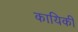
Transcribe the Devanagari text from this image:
कायिकी